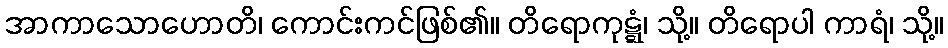
အာကာသောဟောတိ၊ ကောင်းကင်ဖြစ်၏။ တိရောကုဋ္ဋံ၊ သို့။ တိရောပါ ကာရံ၊ သို့။